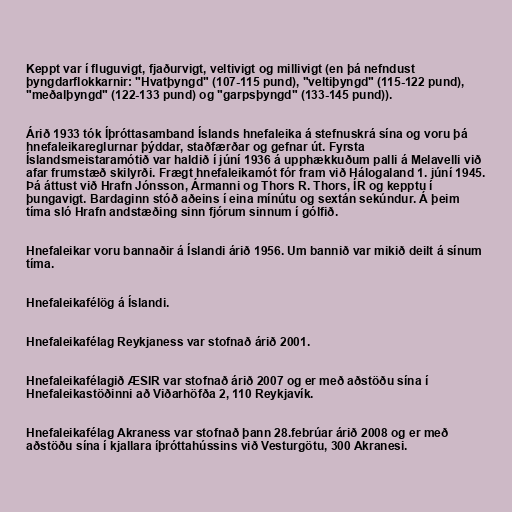
Keppt var í fluguvigt, fjaðurvigt, veltivigt og millivigt (en þá nefndust
þyngdarflokkarnir: "Hvatþyngd" (107-115 pund), "veltiþyngd" (115-122 pund),
"meðalþyngd" (122-133 pund) og "garpsþyngd" (133-145 pund)).

Árið 1933 tók Íþróttasamband Íslands hnefaleika á stefnuskrá sína og voru þá
hnefaleikareglurnar þýddar, staðfærðar og gefnar út. Fyrsta
Íslandsmeistaramótið var haldið í júní 1936 á upphækkuðum palli á Melavelli við
afar frumstæð skilyrði. Frægt hnefaleikamót fór fram við Hálogaland 1. júní 1945.
Þá áttust við Hrafn Jónsson, Ármanni og Thors R. Thors, ÍR og kepptu í
þungavigt. Bardaginn stóð aðeins í eina mínútu og sextán sekúndur. Á þeim
tíma sló Hrafn andstæðing sinn fjórum sinnum í gólfið.

Hnefaleikar voru bannaðir á Íslandi árið 1956. Um bannið var mikið deilt á sínum
tíma.

Hnefaleikafélög á Íslandi.

Hnefaleikafélag Reykjaness var stofnað árið 2001.

Hnefaleikafélagið ÆSIR var stofnað árið 2007 og er með aðstöðu sína í
Hnefaleikastöðinni að Viðarhöfða 2, 110 Reykjavík.

Hnefaleikafélag Akraness var stofnað þann 28.febrúar árið 2008 og er með
aðstöðu sína í kjallara íþróttahússins við Vesturgötu, 300 Akranesi.